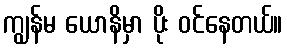
ကျွန်မ ယောနိမှာ ပိုး ဝင်နေတယ်။